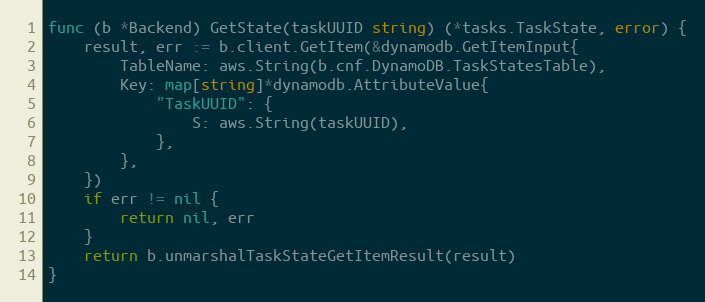
Language: Go
func (b *Backend) GetState(taskUUID string) (*tasks.TaskState, error) {
	result, err := b.client.GetItem(&dynamodb.GetItemInput{
		TableName: aws.String(b.cnf.DynamoDB.TaskStatesTable),
		Key: map[string]*dynamodb.AttributeValue{
			"TaskUUID": {
				S: aws.String(taskUUID),
			},
		},
	})
	if err != nil {
		return nil, err
	}
	return b.unmarshalTaskStateGetItemResult(result)
}